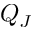
Q _ { J }